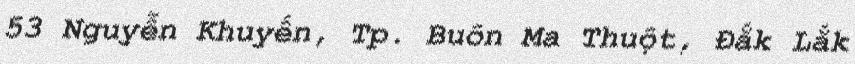
53 Nguyễn Khuyến, Tp. Buôn Ma Thuột, Đắk Lắk